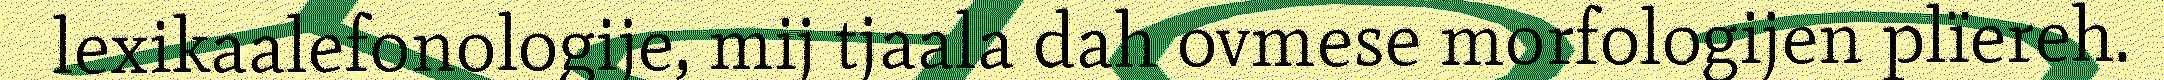
lexikaalefonologije, mij tjaala dah ovmese morfologijen plïereh.